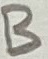
Text: B